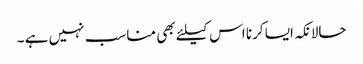
حالانکہ ایسا کرنا اس کیلئے بھی مناسب نہیں ہے ۔